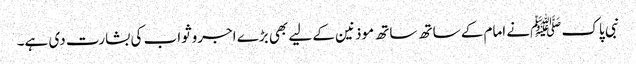
نبی پاک ﷺنے امام کے ساتھ ساتھ موذنین کے لیے بھی بڑے اجروثواب کی بشارت دی ہے۔